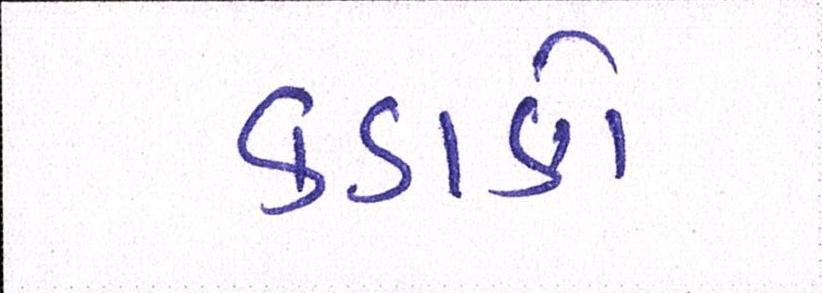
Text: કડાકો